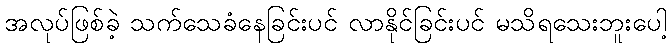
အလုပ်ဖြစ်ခဲ့ သက်သေခံနေခြင်းပင် လာနိုင်ခြင်းပင် မသိရသေးဘူးပေါ့